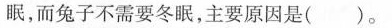
眠，而兔子不需要冬眠，主要原因是( )。